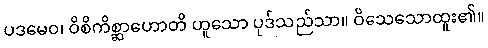
ပဒမေဝ၊ ဝိစိကိစ္ဆာဟောတိ ဟူသော ပုဒ်သည်သာ။ ဝိသေသောထူး၏။